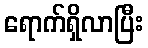
ရောက်ရှိလာပြီး